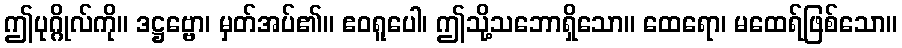
ဤပုဂ္ဂိုလ်ကို။ ဒဋ္ဌဗ္ဗော၊ မှတ်အပ်၏။ ဧဝရူပေါ၊ ဤသို့သဘောရှိသော။ ထေရော၊ မထေရ်ဖြစ်သော။